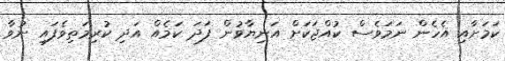
ކަަމަށާއި އެހެން ނަމަވެސް ކުއްޖަކަށް އަނިޔާވުން ފަދަ ކަމެެއް އަދި ކުރިމަތިވެފައި ނުވާ